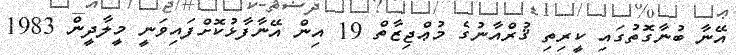
އޭނާ ބުނާގޮތުގައި ކީރިތި ޤުރްއާނުގެ މުޢްޖިޒާތް 19 އިން އޭނާފާޅުކޮށްފައިވަނީ މީލާދީން 1983